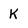
Character: k